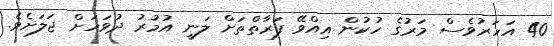
40 އަހަރުވެސް މަރުގެ ހުކުން އިއްވޭ ފަރާތްތަށް ލަނީ އުމުރު ދުވަހަށް ޖަލަށެވެ.